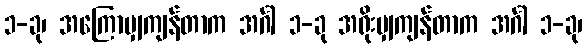
၁-ခု၊ အကြောမျှကျန်တာက အင်္ဂါ ၁-ခု အရိုးမျှကျန်တာက အင်္ဂါ ၁-ခု၊